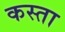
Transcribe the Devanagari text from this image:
कस्‍ता